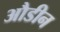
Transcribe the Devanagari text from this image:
औडीन